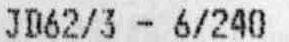
JD62/3 - 6/240